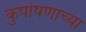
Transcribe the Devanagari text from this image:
कुपोषणाच्या